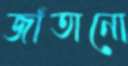
জাঁতানো